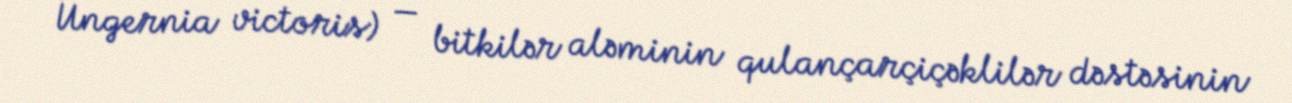
Ungernia victoris) — bitkilər aləminin qulançarçiçəklilər dəstəsinin